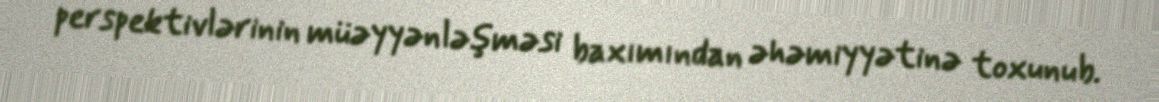
perspektivlərinin müəyyənləşməsi baxımından əhəmiyyətinə toxunub.